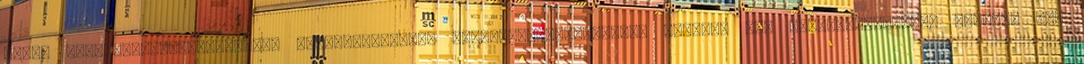
Modul Agrár-környezetvédelem, agrotechnológia KÖRNYEZETGAZDÁLKODÁSI MÉRNÖKI MSc TERMÉSZETVÉDELMI MÉRNÖKI MSc